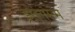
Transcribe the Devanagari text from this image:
ड्राइंगरूम